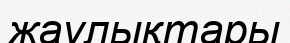
жаулықтары